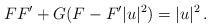
LaTeX: \begin{align*} FF'+G(F-F' |u|^2)=|u|^2\,.\end{align*}